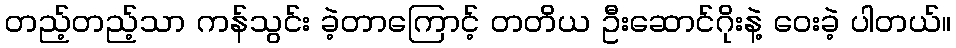
တည့်တည့်သာ ကန်သွင်း ခဲ့တာကြောင့် တတိယ ဦးဆောင်ဂိုးနဲ့ ဝေးခဲ့ ပါတယ်။